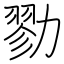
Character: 勠